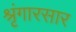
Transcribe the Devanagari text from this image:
श्रृंगारसार